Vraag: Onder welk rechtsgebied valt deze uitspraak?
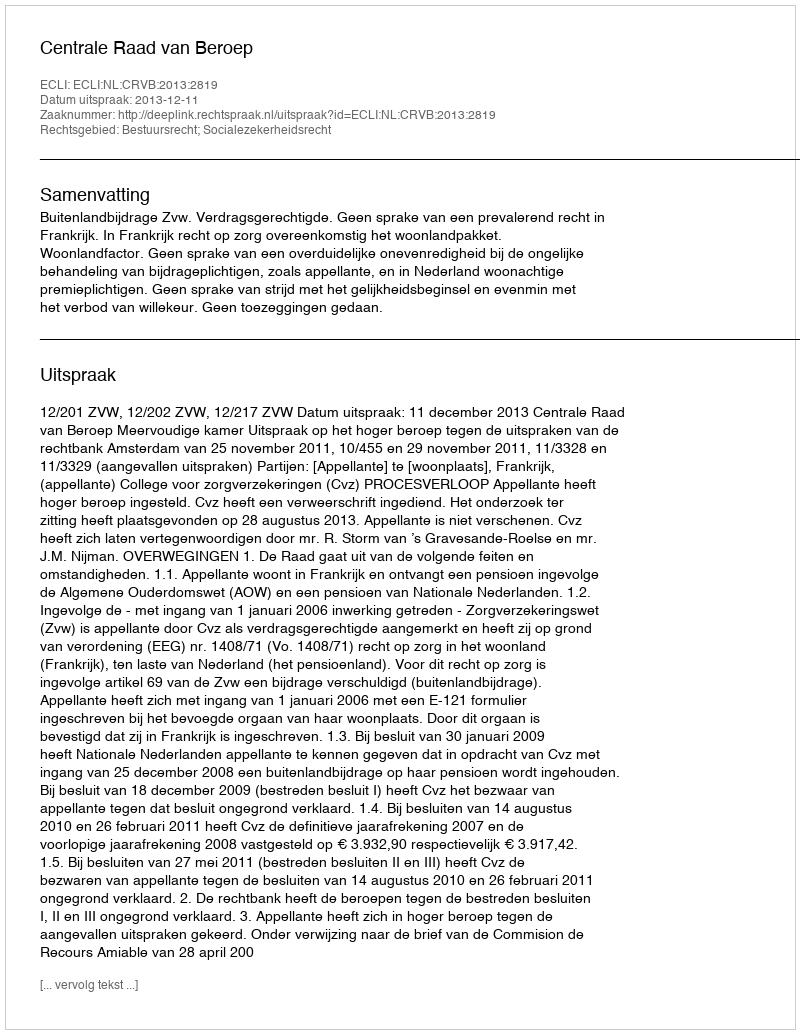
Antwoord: Bestuursrecht; Socialezekerheidsrecht